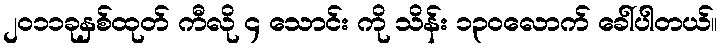
၂၀၁၁ခုနှစ်ထုတ် ကီလို ၄ သောင်း ကို သိန်း ၁၃၀လောက် ခေါ်ပါတယ်။